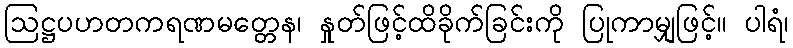
ဩဋ္ဌပဟတကရဏမတ္တေန၊ နှုတ်ဖြင့်ထိခိုက်ခြင်းကို ပြုကာမျှဖြင့်။ ပါရံ၊